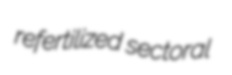
refertilized sectoral